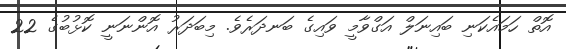
އޮތް ހަމައެކަނި ބައިނަލް އަގްވާމީ ވައިގެ ބަނދަރެވެ. މިބަދަރު އޮންނަނީ ކޮޅުބުގެ 22